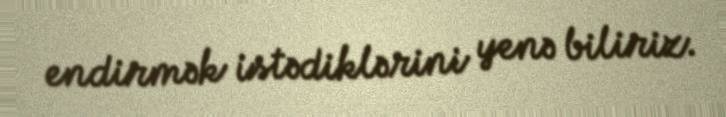
endirmək istədiklərini yenə biliriz.